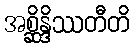
အစ္ဆိန္ဒိဿတီတိ